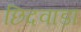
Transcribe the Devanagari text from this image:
छिदवाड़ा